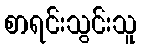
စာရင်းသွင်းသူ